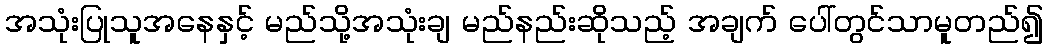
အသုံးပြုသူအနေနှင့် မည်သို့အသုံးချ မည်နည်းဆိုသည့် အချက် ပေါ်တွင်သာမူတည်၍